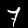
Digit: 7